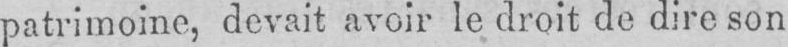
patrimoine, devait avoir le droit de dire son